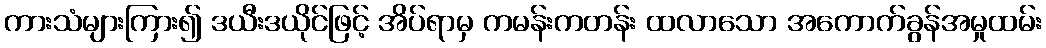
ကားသံများကြား၍ ဒယီးဒယိုင်ဖြင့် အိပ်ရာမှ ကမန်းကတန်း ထလာသော အကောက်ခွန်အမှုထမ်း